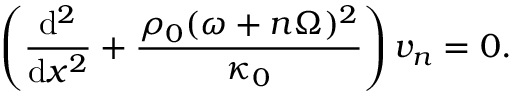
\left( \frac { \mathrm { d } ^ { 2 } } { \mathrm { d } x ^ { 2 } } + \frac { \rho _ { 0 } ( \omega + n \Omega ) ^ { 2 } } { \kappa _ { 0 } } \right) v _ { n } = 0 .